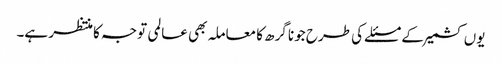
یوں کشمیر کے مسئلے کی طرح جونا گرھ کا معاملہ بھی عالمی توجہ کا منتظر ہے۔